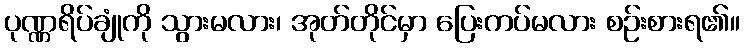
ပုဏ္ဏရိပ်ချုံကို သွားမလား၊ အုတ်တိုင်မှာ ပြေးကပ်မလား စဉ်းစားရ၏။